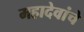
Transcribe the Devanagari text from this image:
महादेवांचे